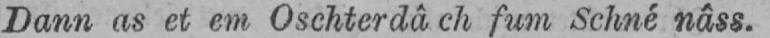
Dann as et em Oschterdâch fum Schné nâss.